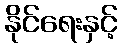
နိုင်ရေးနှင့်